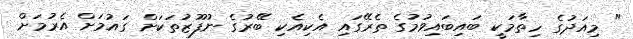
" މިއަދުގެ ހިތާމަކީ ބައިބައިވުމުގެ ތެރޭގައި އެކިއެކި ބޭރުގެ ނުފޫޒުތަކަށް ގައުމަށް އެރުމަށް